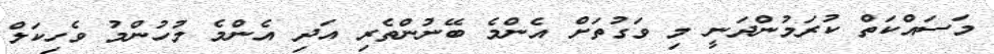
މަސައްކަތް ކުރަމުންދަނީ މި ވަގުތަށް އެންމެ ބޭނުންތެރި އަދި އެންމެ މުހުންމު ވެހިކަލް